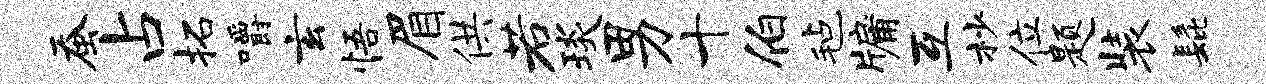
蚕占拓嚼玄悟眉供若琰男十伯毡牖互杪位题装髭